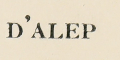
D'ALEP